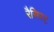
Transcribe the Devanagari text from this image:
रैसिस्ट